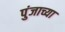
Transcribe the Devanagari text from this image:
पुंजाच्या